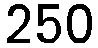
250